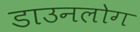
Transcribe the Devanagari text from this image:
डाउनलोग